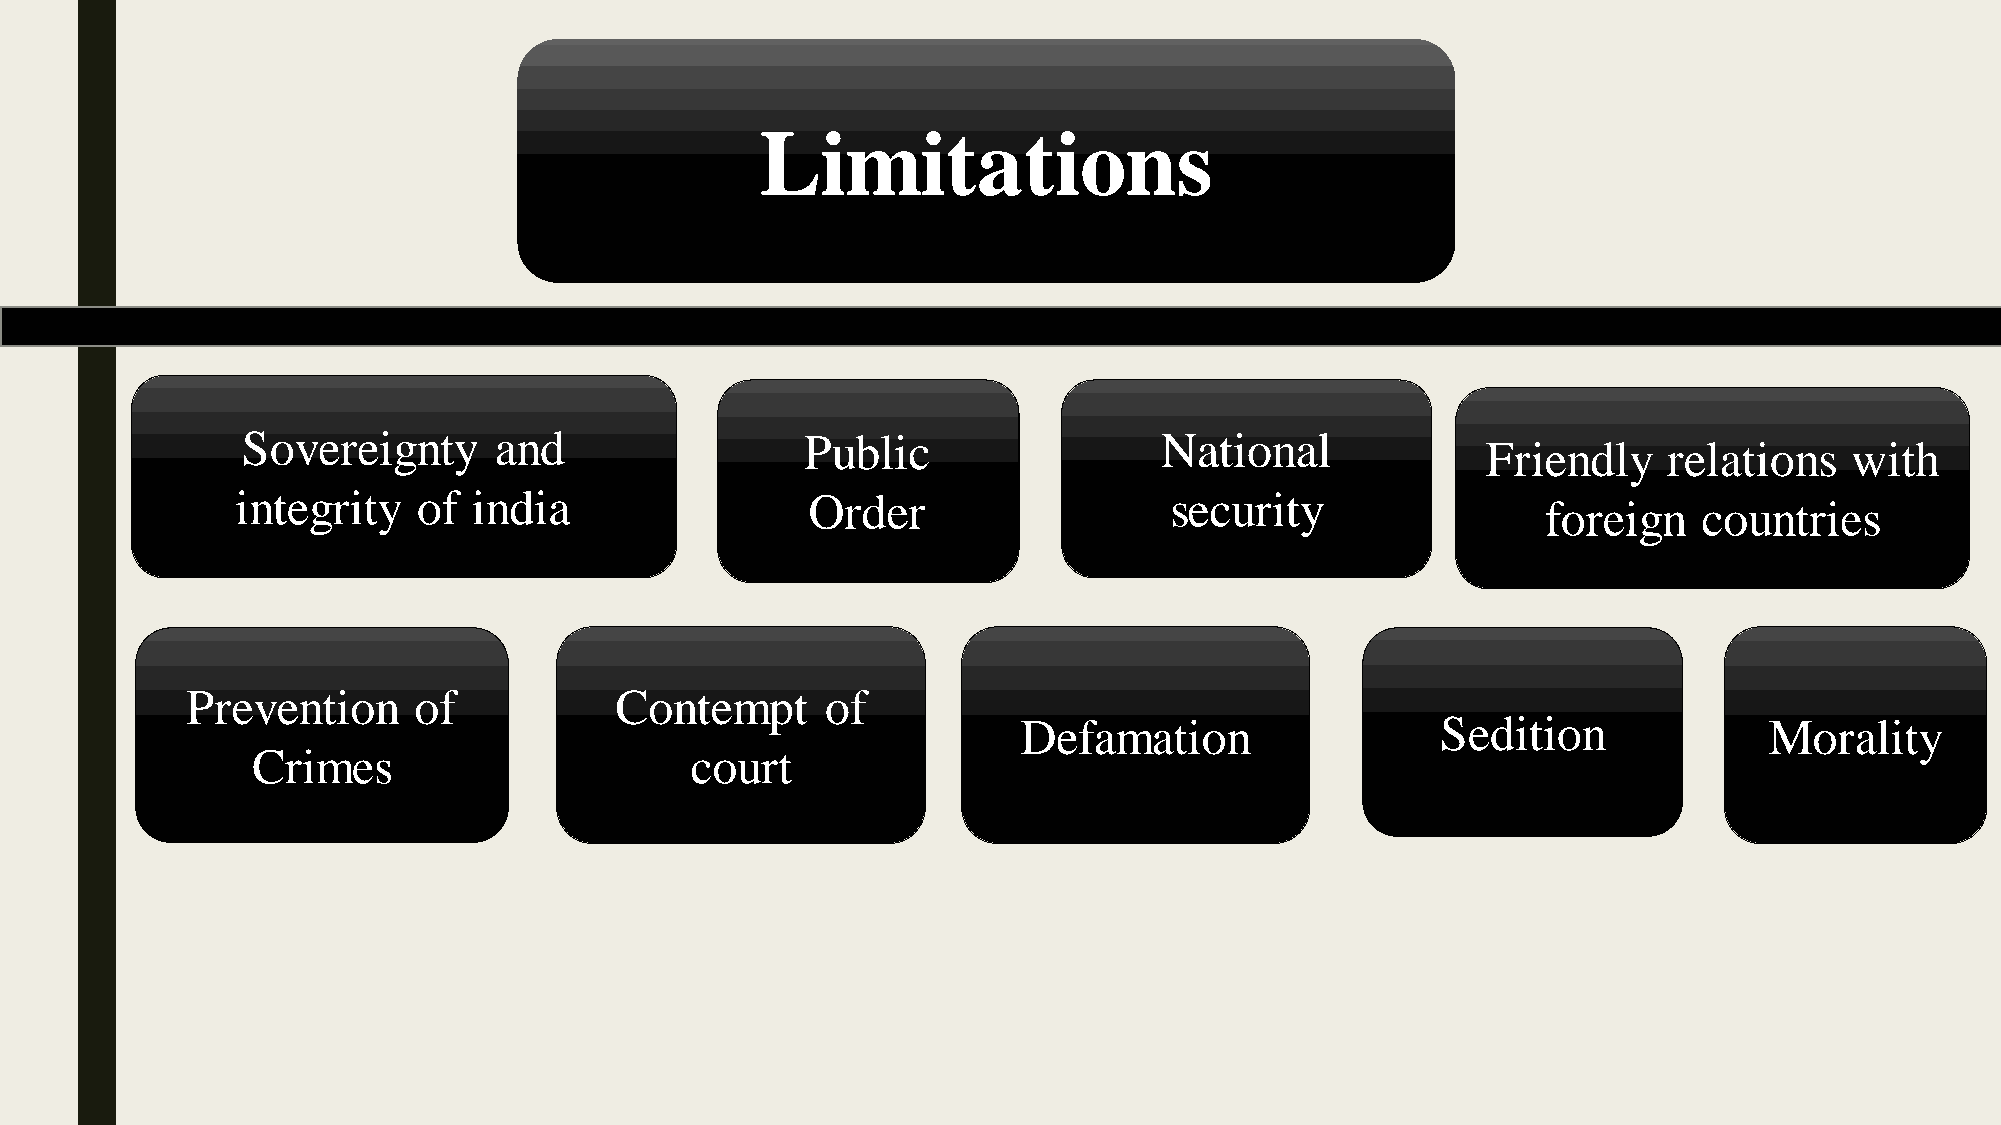
Limitations
 Sovereignty      and                 Public                  National
 Friendly    relations   with
 integrity   of india                 Order                   security
 foreign    countries
 Prevention     of            Contempt      of
 Defamation                 Sedition              Morality
 Crimes                       court